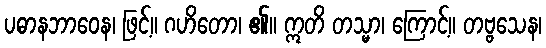
ပဓာနဘာဝေန၊ ဖြင့်။ ဂဟိတော၊ ၏။ ဣတိ တသ္မာ၊ ကြောင့်။ တဗ္ဗသေန၊